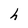
Character: h